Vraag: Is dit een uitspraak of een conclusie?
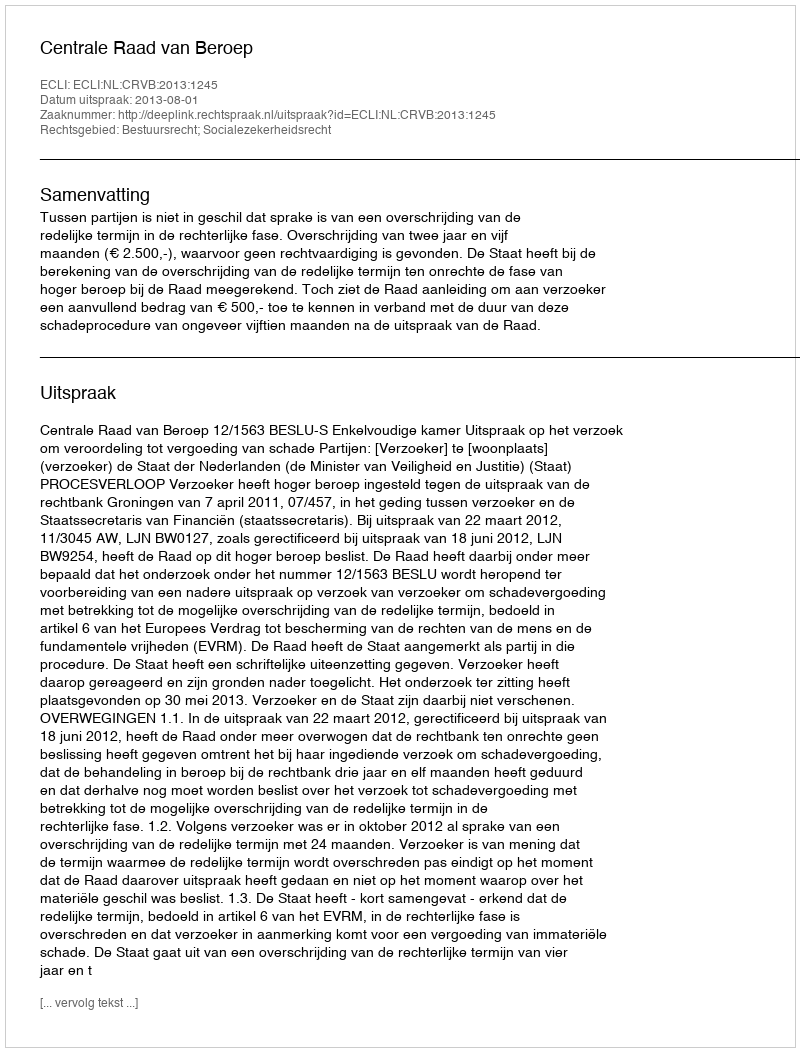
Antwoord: Uitspraak